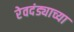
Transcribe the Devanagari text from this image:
रेवदंड्याच्या